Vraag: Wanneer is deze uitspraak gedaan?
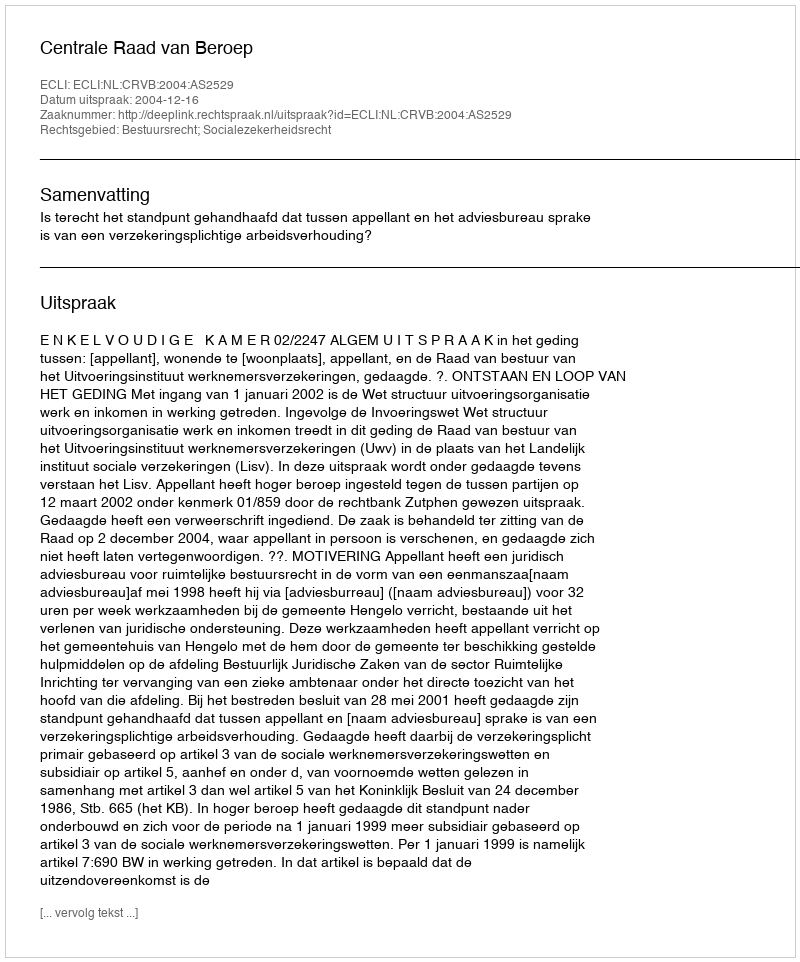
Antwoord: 2004-12-16